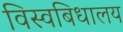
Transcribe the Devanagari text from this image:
विस्वबिधालय